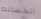
الكساندر